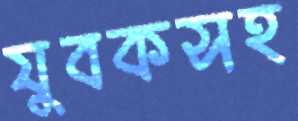
যুবকসহ